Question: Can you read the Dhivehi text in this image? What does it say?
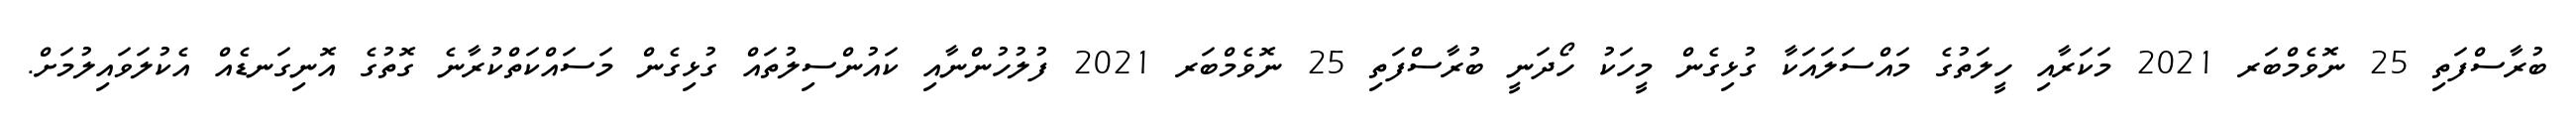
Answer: ބުރާސްފަތި 25 ނޮވެމްބަރ 2021 މަކަރާއި ހީލަތުގެ މައްސަލައަކާ ގުޅިގެން މީހަކު ހޯދަނީ ބުރާސްފަތި 25 ނޮވެމްބަރ 2021 ފުލުހުންނާއި ކައުންސިލުތައް ގުޅިގެން މަސައްކަތްކުރާނެ ގޮތުގެ އޮނިގަނޑެއް އެކުލަވައިލުމަށް.